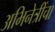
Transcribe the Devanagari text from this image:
अभिनेत्रींचा